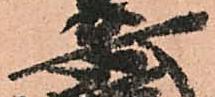
安